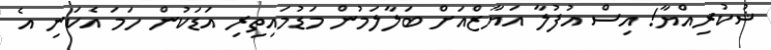
ޝުކުރިއްޔާ! އިސް އުފުލާ އަޔާޒްއަށް ބަލާލަމުން މަޑުމައިތިރި އަޑަކުން ހަމަ އެކަނި އެ